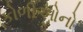
કોળીઓનો